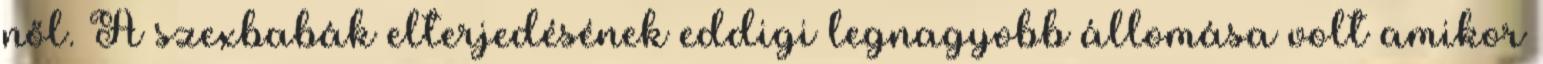
nől. A szexbabák elterjedésének eddigi legnagyobb állomása volt amikor